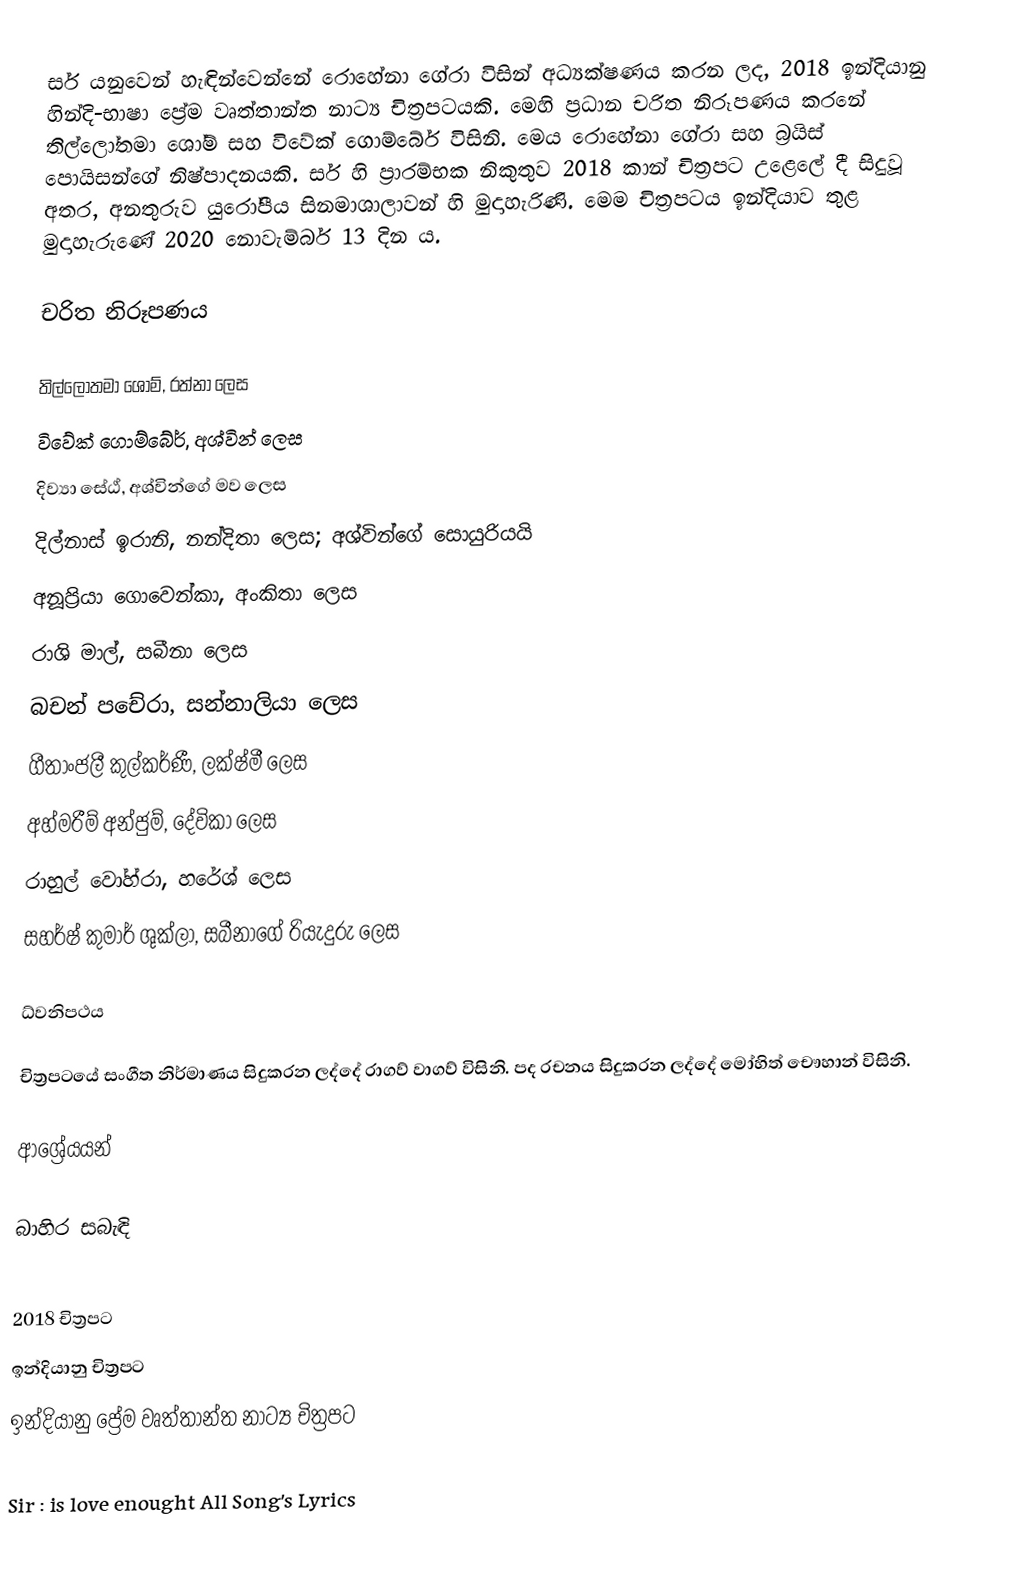
සර් ‍යනුවෙන් හැඳින්වෙන්නේ රොහේනා ගේරා විසින් අධ්‍යක්ෂණය කරන ලද, 2018 ඉන්දියානු හින්දි-භාෂා ප්‍රේම වෘත්තාන්ත නාට්‍ය චිත්‍රපටයකි. මෙහි ප්‍රධාන චරිත නිරූපණය කරනේ තිල්ලෝතමා ශෝම් සහ විවේක් ගොම්බේර් විසිනි. මෙය රොහේනා ගේරා සහ බ්‍රයිස් පොයිසන්ගේ නිෂ්පාදනයකි. සර් හි ප්‍රාරම්භක නිකුතුව 2018 කාන් චිත්‍රපට උළෙලේ දී සිදුවූ අතර, අනතුරුව යුරෝපීය සිනමාශාලාවන් හි මුදාහැරිණි. මෙම චිත්‍රපටය ඉන්දියාව තුළ මුදාහැරුණේ 2020 නොවැම්බර් 13 දින ය.

චරිත නිරූපණය

 තිල්ලෝතමා ශෝම්, රත්නා ලෙස
 විවේක් ගොම්බේර්, අශ්වින් ලෙස
දිව්‍යා සේඨ්, අශ්වින්ගේ මව ලෙස
දිල්නාස් ඉරානි, නන්දිතා ලෙස; අශ්වින්ගේ සොයුරියයි
අනූප්‍රියා ගොවෙන්කා, අංකිතා ලෙස
රාශි මාල්, සබීනා ලෙස
 බචන් පචේරා, සන්නාලියා ලෙස
 ගීතාංජලී කුල්කර්ණී, ලක්ෂ්මී ලෙස
 අහ්මරීම් අන්ජුම්, දේවිකා ලෙස
 රාහුල් වෝහ්රා, හරේශ් ලෙස
සහර්ෂ් කුමාර් ශුක්ලා, සබීනාගේ රියැදුරු ලෙස

ධ්වනිපථය

චිත්‍රපටයේ සංගීත නිර්මාණය සිදුකරන ලද්දේ රාගව් වාගව් විසිනි. පද රචනය සිදුකරන ලද්දේ මෝහිත් චෞහාන් විසිනි.

ආශ්‍රේයයන්

බාහිර සබැඳි

2018 චිත්‍රපට
ඉන්දියානු චිත්‍රපට
ඉන්දියානු ප්‍රේම වෘත්තාන්ත නාට්‍ය චිත්‍රපට

  Sir : is love enought All Song's Lyrics